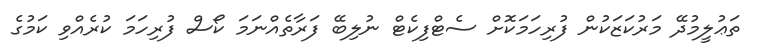
ތަޢުލީމުދޭ މަރުކަޒަކުން ފުރިހަމަކޮށް ސެޓްފިކެޓް ނުލިބޭ ފަރާތެއްނަމަ ކޯސް ފުރިހަމަ ކުރެއްވި ކަމުގެ